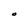
Character: O